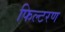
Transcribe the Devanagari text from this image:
फिल्टरण